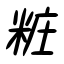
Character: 粧